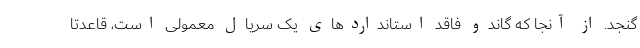
گنجد. از آنجا که گاندو فاقد استانداردهای یک سریال معمولی است، قاعدتا